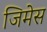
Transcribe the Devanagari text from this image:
जिमेस